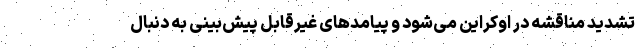
تشدید مناقشه در اوکراین می‌شود و پیامدهای غیرقابل پیش‌بینی به دنبال